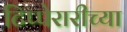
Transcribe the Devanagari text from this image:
टिप्पेरारीच्या